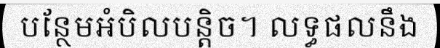
បន្ថែមអំបិលបន្តិច។ លទ្ធផលនឹង